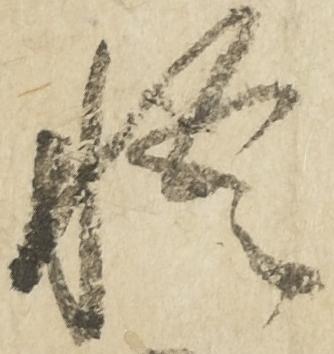
悟